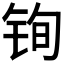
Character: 𫓲